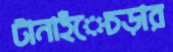
টানাহঁেচড়ার